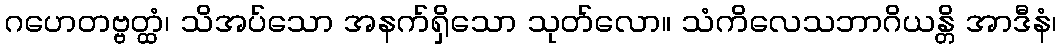
ဂဟေတဗ္ဗတ္ထံ၊ သိအပ်သော အနက်ရှိသော သုတ်လော။ သံကိလေသဘာဂိယန္တိ အာဒီနံ၊